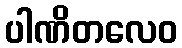
ပါဏိတလေဝ